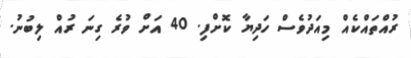
ރުއްތައްކެއް މިއަދުވެސް ހަދިޔާ ކޮށްފި. 40 އަށް ވުރެ ގިނަ ރުއް ލިބުނު.